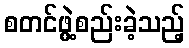
စတင်ဖွဲ့စည်းခဲ့သည့်